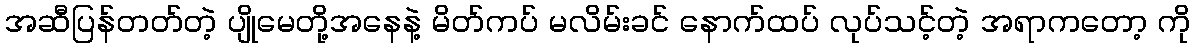
အဆီပြန်တတ်တဲ့ ပျိုမေတို့အနေနဲ့ မိတ်ကပ် မလိမ်းခင် နောက်ထပ် လုပ်သင့်တဲ့ အရာကတော့ ကို